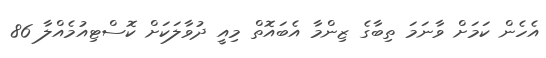
އެހެން ކަމަށް ވާނަމަ ތިބާގެ ޒިންމާ އެބައޮތް މިއީ ދުވާލަކަށް ކޮސްޓިއުމެއްލާ 86